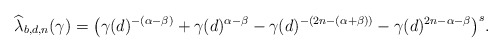
\begin{align*}{\widehat \lambda_{b,d,n}}(\gamma)=\bigl(\gamma(d)^{-(\alpha-\beta)}+\gamma(d)^{\alpha-\beta}- \gamma(d)^{-(2n-(\alpha+\beta))}- \gamma(d)^{2n-\alpha-\beta}\bigr)^s.\end{align*}